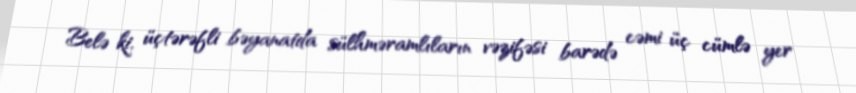
Belə ki, üçtərəfli bəyanatda sülhməramlıların vəzifəsi barədə cəmi üç cümlə yer